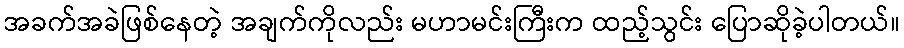
အခက်အခဲဖြစ်နေတဲ့ အချက်ကိုလည်း မဟာမင်းကြီးက ထည့်သွင်း ပြောဆိုခဲ့ပါတယ်။